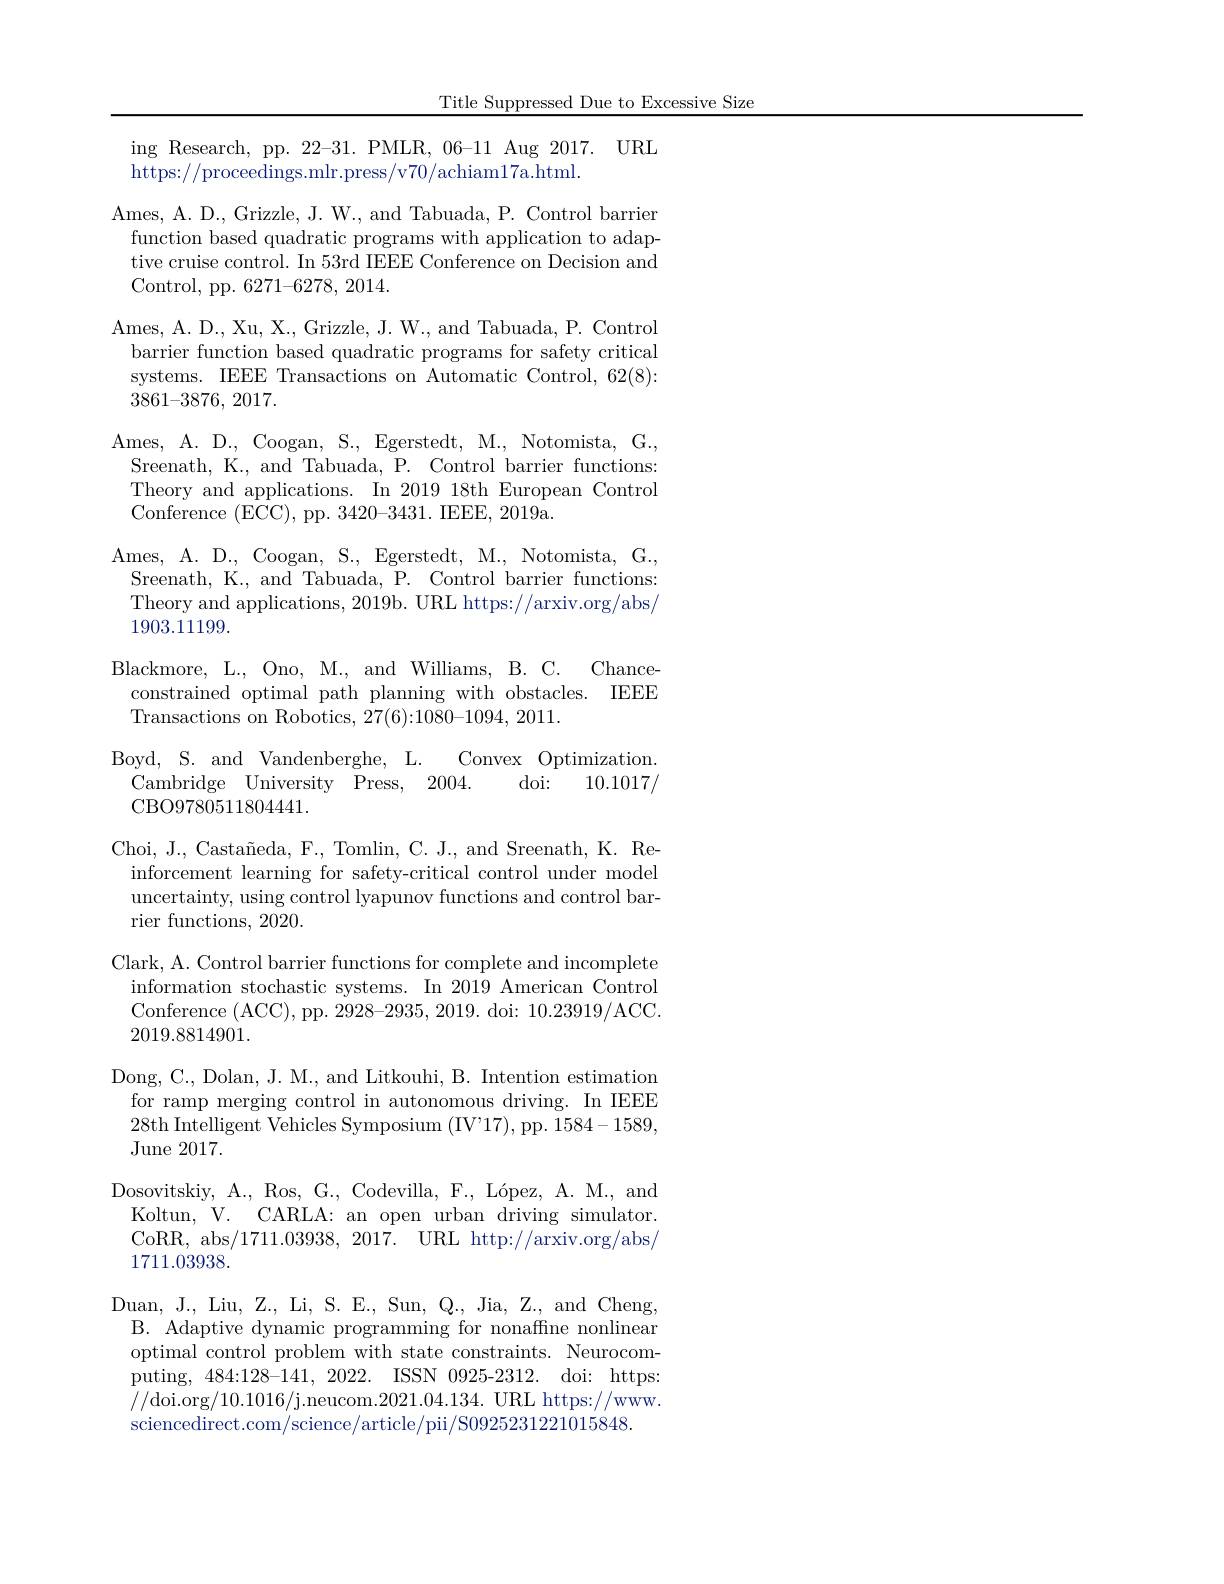
Title Suppressed Due to Excessive Size

ing Research, pp. 22-31. PMLR, 06-11 A
https://proceedings.mlr.press/v70/achiam17a.html.
Ames, A. D., Grizzle, J. W., and Tabuada, P. Control barrier function based quadratic programs with application to adaptive cruise control. In 53rd IEEE Conference on Decision and Control, pp. 6271-6278, 2014.
Ames, A. D. , Xu, X. , Grizzle, J. W. , and Tabuada, P. Control barrier function based quadratic programs for safety critical systems. IEEE Transactions on Automatic Control, 62(8): 3861-3876,2017.
Ames, A. D., Coogan, S., Egerstedt, M., Notomista, G., Sreenath, K., and Tabuada, P. Control Theory and applications. In 2019 18th European Control Conference (ECC),pp. 3420-3431. IEEE, 2019a.
Ames, A. D., Coogan, S., Egerstedt, M., Notomista, G., Sreenath, K., and Tabuada, P. Control barrier functions: Theory and applications, 2019b. URL https://arxiv.org/abs/ 1903.11199.
Blackmore, L., Ono, M., and Williams, B. C. Chance-
constrained optimal path planning with obstacles. IEEE
Transactions on Robotics, 27(6):1080-1
Boyd, S. and Vandenberghe, L.
Convex Optimization.
Cambridge University Press, 2004.
doi: 10.1017/
CBO9780511804441.
Choi, J., Castañeda, F., Tomlin, C. J., and Sreenath, K. Reinforcement learning for safety-critical control under model uncertainty, using control lyapunov functions and control barrier functions, 2020.
Clark, A. Control barrier functions for complete and incomplete
information stochastic systems. In 2019 American Control Conference (ACC),pp.2928-2935,2019.doi:10.23919/ACC. 2019.8814901.
Dong, C., Dolan, J. M., and Litkouhi, B. Intention estimation for ramp merging control in autonomous driving. In IEEE 28th Intelligent Vehicles Symposium (IV'17), pp. 1584-1589, June 2017.
Dosovitskiy, A., Ros, G., Codevilla, F
Koltun, V. CARLA: an open urban driving simulator. CoRR, abs/1711.03938, 2017. URL http://arxiv.org/abs/ 1711.03938.
Duan, J. , Liu, Z. , Li, S. E. , Sun, Q. , Jia, Z. , and Cheng,
B. Adaptive dynamic programming for nonaffne nonlinear optimal control problem with state constraints. Neurocomputing, 484:128-141, 2022. ISSN 0925-2312. doi: https: //doi.org/10.1016/j.neucom.2021.04.134.URL https://www. sciencedirect.com/science/article/pii/S0925231221015848.